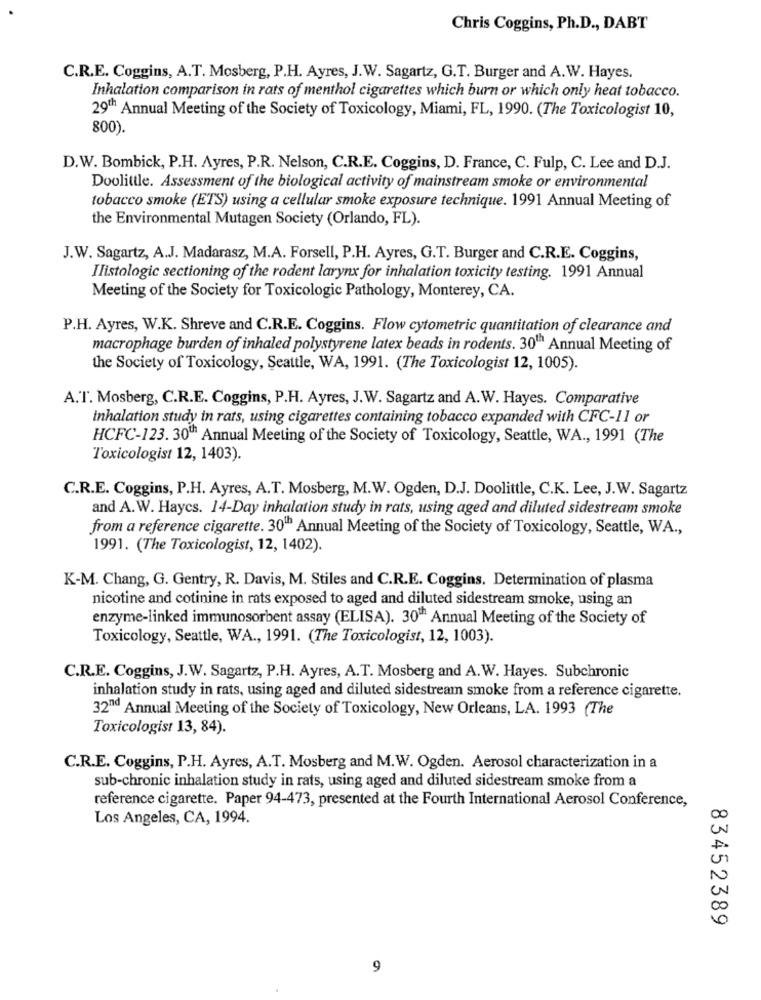
Chris Coggins, Ph.D ., DABT
C.R.E. Coggins, A.T. Mosberg, P.H. Ayres, J.W. Sagartz, G.T. Burger and A.W. Hayes.
Inhalation comparison in rats of menthol cigarettes which burn or which only heat tobacco.
29th Annual Meeting of the Society of Toxicology, Miami, FL, 1990. (The Toxicologist 10,
800).
D.W. Bombick, P.H. Ayres, P.R. Nelson, C.R.E. Coggins, D. France, C. Fulp, C. Lee and D.J.
Doolittle. Assessment of the biological activity of mainstream smoke or environmental
tobacco smoke (ETS) using a cellular smoke exposure technique. 1991 Annual Meeting of
the Environmental Mutagen Society (Orlando, FL).
J.W. Sagartz, A.J. Madarasz, M.A. Forsell, P.H. Ayres, G.T. Burger and C.R.E. Coggins,
Ilistologic sectioning of the rodent larynx for inhalation toxicity testing. 1991 Annual
Meeting of the Society for Toxicologic Pathology, Monterey, CA.
P.H. Ayres, W.K. Shreve and C.R.E. Coggins. Flow cytometric quantitation of clearance and
macrophage burden of inhaled polystyrene latex beads in rodents. 30th Annual Meeting of
the Society of Toxicology, Seattle, WA, 1991. (The Toxicologist 12, 1005).
A.T. Mosberg, C.R.E. Coggins, P.H. Ayres, J.W. Sagartz and A.W. Hayes. Comparative
inhalation study in rats, using cigarettes containing tobacco expanded with CFC-11 or
HCFC-123. 30th Annual Meeting of the Society of Toxicology, Seattle, WA ., 1991 (The
Toxicologist 12, 1403).
C.R.E. Coggins, P.H. Ayres, A.T. Mosberg, M.W. Ogden, D.J. Doolittle, C.K. Lee, J.W. Sagartz
and A.W. Haycs. 14-Day inhalation study in rats, using aged and diluted sidestream smoke
from a reference cigarette. 30" Annual Meeting of the Society of Toxicology, Seattle, WA .,
1991. (The Toxicologist, 12, 1402).
K-M. Chang, G. Gentry, R. Davis, M. Stiles and C.R.E. Coggins. Determination of plasma
nicotine and cotinine in rats exposed to aged and diluted sidestream smoke, using an
enzyme-linked immunosorbent assay (ELISA). 30" Annual Meeting of the Society of
Toxicology, Seattle, WA ., 1991. (The Toxicologist, 12, 1003).
C.R.E. Coggins, J.W. Sagartz, P.H. Ayres, A.T. Mosberg and A.W. Hayes. Subchronic
inhalation study in rats, using aged and diluted sidestream smoke from a reference cigarette.
32nd Annual Meeting of the Society of Toxicology, New Orleans, LA. 1993 (The
Toxicologist 13, 84).
C.R.E. Coggins, P.H. Ayres, A.T. Mosberg and M.W. Ogden. Aerosol characterization in a
sub-chronic inhalation study in rats, using aged and diluted sidestream smoke from a
reference cigarette. Paper 94-473, presented at the Fourth International Aerosol Conference,
Los Angeles, CA, 1994.
CC
0
83452389
9